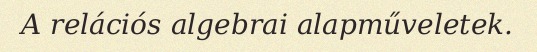
A relációs algebrai alapműveletek.